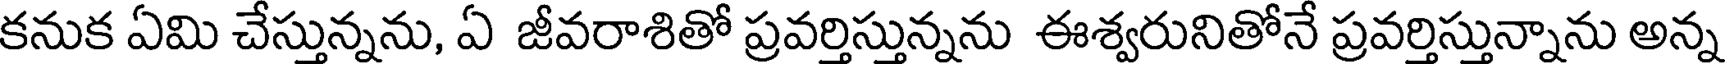
కనుక ఏమి చేస్తున్నను, ఏ జీవరాశితో ప్రవర్తిస్తున్నను ఈశ్వరునితోనే ప్రవర్తిస్తున్నాను అన్న